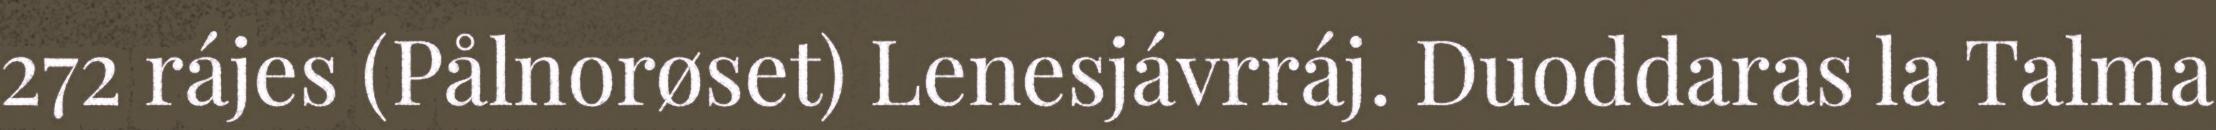
272 rájes (Pålnorøset) Lenesjávrráj. Duoddaras la Talma